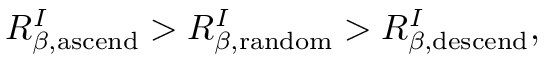
R _ { \beta , \mathrm { a s c e n d } } ^ { I } > R _ { \beta , \mathrm { r a n d o m } } ^ { I } > R _ { \beta , \mathrm { d e s c e n d } } ^ { I } ,